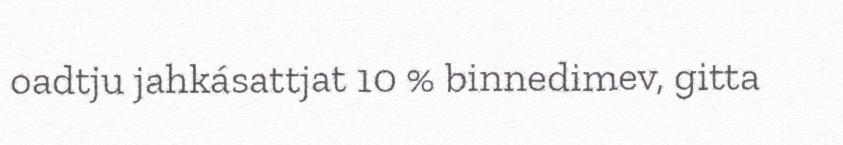
oadtju jahkásattjat 10 % binnedimev, gitta